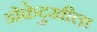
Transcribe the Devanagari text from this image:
डोकेदुखीला